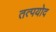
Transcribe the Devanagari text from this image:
तत्पयोद